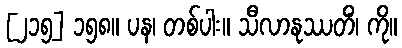
[၂၁၅] ၁၅၈။ ပန၊ တစ်ပါး။ သီလာနုဿတိံ၊ ကို။